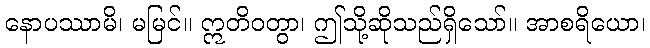
နောပဿာမိ၊ မမြင်။ ဣတိဝတွာ၊ ဤသို့ဆိုသည်ရှိသော်။ အာစရိယော၊